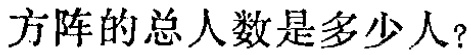
方阵的总人数是多少人？